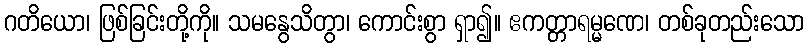
ဂတိယော၊ ဖြစ်ခြင်းတို့ကို။ သမနွေသိတွာ၊ ကောင်းစွာ ရှာ၍။ ဧကတ္တာရမ္မဏေ၊ တစ်ခုတည်းသော